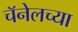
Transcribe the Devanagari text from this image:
चॅनेलच्या